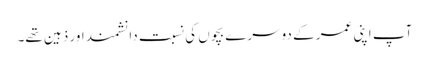
آپ اپنی عمر کے دوسرے بچوں کی نسبت دانشمند اور ذہین تھے۔